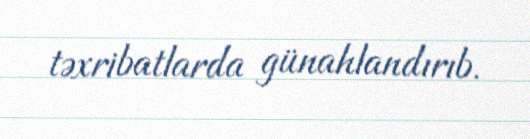
təxribatlarda günahlandırıb.